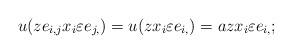
LaTeX: \begin{align*}u(ze_{i,j}x_{i}\varepsilon e_{j, })=u(zx_{i}\varepsilon e_{i,})=azx_{i}\varepsilon e_{i, };\end{align*}